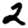
Digit: 2